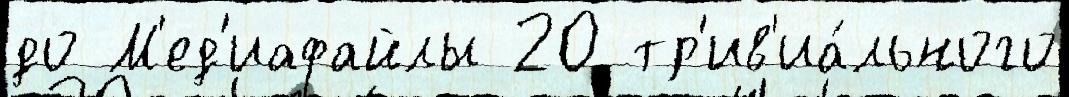
до М'ед'иафайлы 20 тр'ив'иа́льного